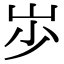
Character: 𡵯